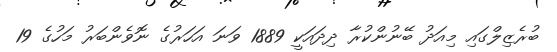
ބުރެޒިލްގައި މިއަދު ބޭނުންކުރާ ދިދައަކީ 1889 ވަނަ އަހަރުގެ ނޮވެންބަރު މަހުގެ 19